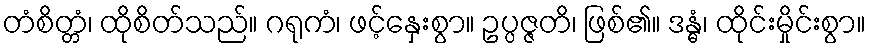
တံစိတ္တံ၊ ထိုစိတ်သည်။ ဂရုကံ၊ ဖင့်နှေးစွာ။ ဥပ္ပဇ္ဇတိ၊ ဖြစ်၏။ ဒန္ဓံ၊ ထိုင်းမှိုင်းစွာ။